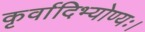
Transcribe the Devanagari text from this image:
कृर्वादिभ्योण्यः।